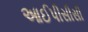
આઈપીસીસી